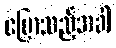
ပြောသည့်အခါ